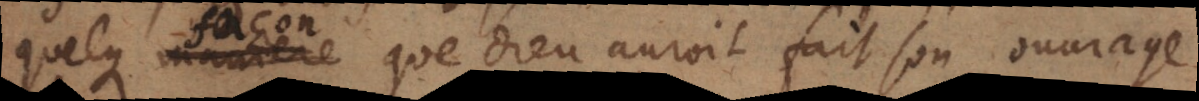
quelque maniere que Dieu auroit fait son ouvrage,